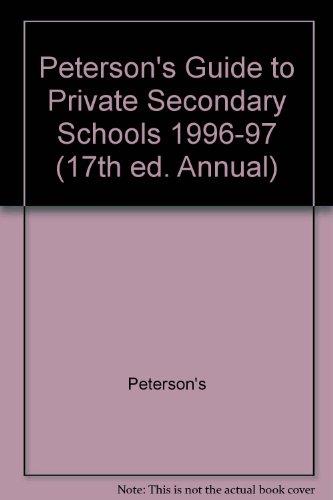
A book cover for Peterson's Guide to Private Secondary Schools 1996-97 (17th ed. Annual); Peterson's; Test Preparation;